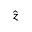
\hat { z }